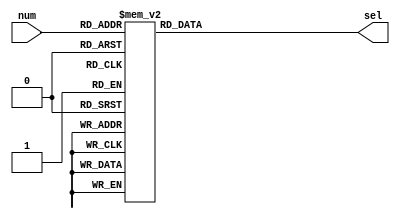
module decoder3_8(num, sel);//3-8
	input [2: 0] num;       
	output reg [7:0] sel;
    always@(num) begin
        case (num[2:0])
		3'b000:sel=~8'b00000001;
		3'b001:sel=~8'b00000010;
		3'b010:sel=~8'b00000100;
		3'b011:sel=~8'b00001000;
		3'b100:sel=~8'b00010000;
		3'b101:sel=~8'b00100000;
		3'b110:sel=~8'b01000000;
		3'b111:sel=~8'b10000000;
        endcase
	end                    
endmodule